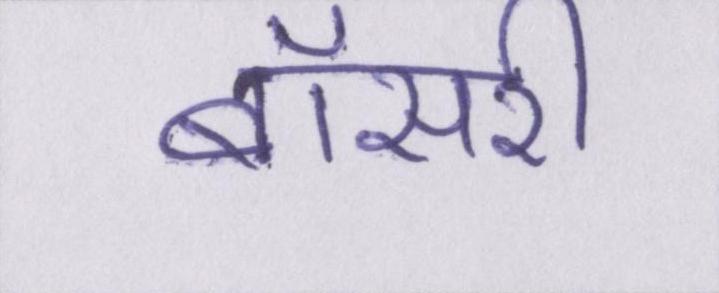
बॉसरी